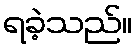
ရခဲ့သည်။